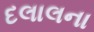
દલાલના